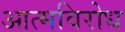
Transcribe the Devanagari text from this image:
आत्मविरोध